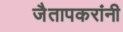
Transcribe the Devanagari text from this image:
जैतापकरांनी